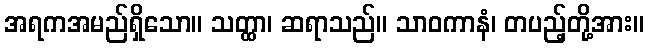
အရကအမည်ရှိသော။ သတ္ထာ၊ ဆရာသည်။ သာဝကာနံ၊ တပည့်တို့အား။